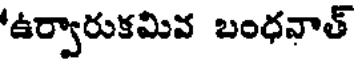
'ఉర్వారుకమివ బంధవాత్